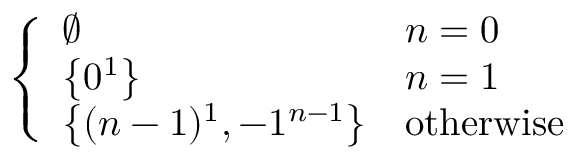
\left\{ { \begin{array} { l l l } { \emptyset } & { n = 0 } \\ { \left\{ 0 ^ { 1 } \right\} } & { n = 1 } \\ { \left\{ ( n - 1 ) ^ { 1 } , - 1 ^ { n - 1 } \right\} } & { { \mathrm { o t h e r w i s e } } } \end{array} } \right.